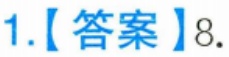
1.【答案】8.